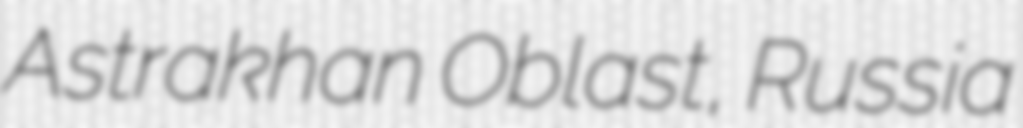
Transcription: Astrakhan Oblast, Russia